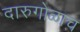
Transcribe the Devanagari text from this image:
दारुगोळाच